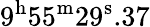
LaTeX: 9^{\mathrm{h}}55^{\mathrm{m}}29^{\mathrm{s}}.37